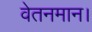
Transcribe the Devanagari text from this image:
वेतनमान।